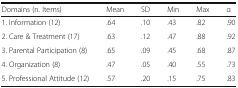
<table><thead><tr><td><b>Domains (n. Items)</b></td><td><b>Mean</b></td><td><b>SD</b></td><td><b>Min</b></td><td><b>Max</b></td><td><b>α</b></td></tr></thead><tbody><tr><td>1. Information (12)</td><td>.64</td><td>.10</td><td>.43</td><td>.82</td><td>.90</td></tr><tr><td>2. Care &amp; Treatment (17)</td><td>.63</td><td>.12</td><td>.47</td><td>.88</td><td>.92</td></tr><tr><td>3. Parental Participation (8)</td><td>.65</td><td>.09</td><td>.45</td><td>.68</td><td>.87</td></tr><tr><td>4. Organization (8)</td><td>.47</td><td>.05</td><td>.40</td><td>.55</td><td>.73</td></tr><tr><td>5. Professional Attitude (12)</td><td>.57</td><td>.20</td><td>.15</td><td>.75</td><td>.83</td></tr></tbody></table>